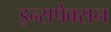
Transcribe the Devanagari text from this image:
इन्सपेक्सन